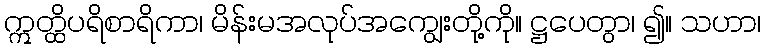
ဣတ္ထိပရိစာရိကာ၊ မိန်းမအလုပ်အကျွေးတို့ကို။ ဋ္ဌပေတွာ၊ ၍။ သဟာ၊